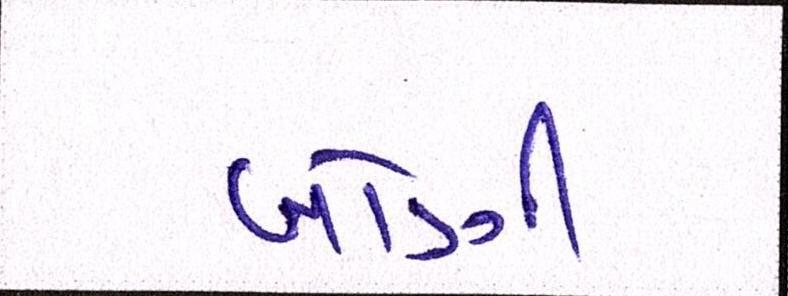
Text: બોણી